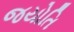
જયોતિ